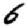
Digit: 6